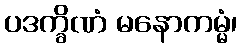
ပဒက္ခိဏံ မနောကမ္မံ၊